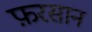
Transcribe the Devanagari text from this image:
फ़रसान